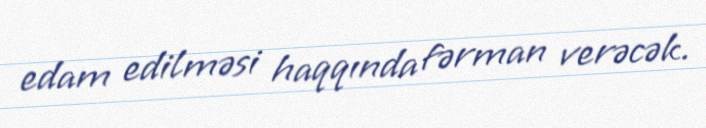
edam edilməsi haqqında fərman verəcək.